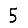
Digit: 5